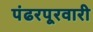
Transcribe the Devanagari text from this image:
पंढरपूरवारी